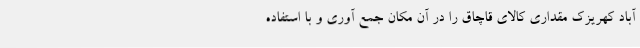
آباد کهریزک مقداری کالای قاچاق را در آن مکان جمع آوری و با استفاده